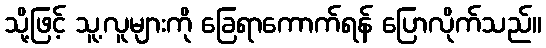
သို့ဖြင့် သူ့လူများကို ခြေရာကောက်ရန် ပြောလိုက်သည်။